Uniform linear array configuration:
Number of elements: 12
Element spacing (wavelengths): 0.75
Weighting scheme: kaiser
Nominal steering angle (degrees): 30
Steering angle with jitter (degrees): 30.079
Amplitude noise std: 0.05
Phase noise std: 0.05

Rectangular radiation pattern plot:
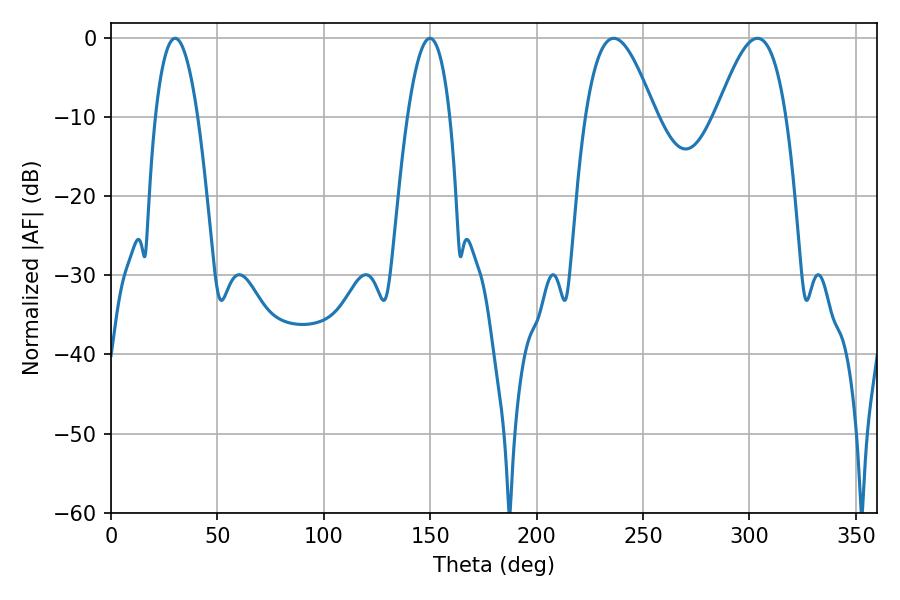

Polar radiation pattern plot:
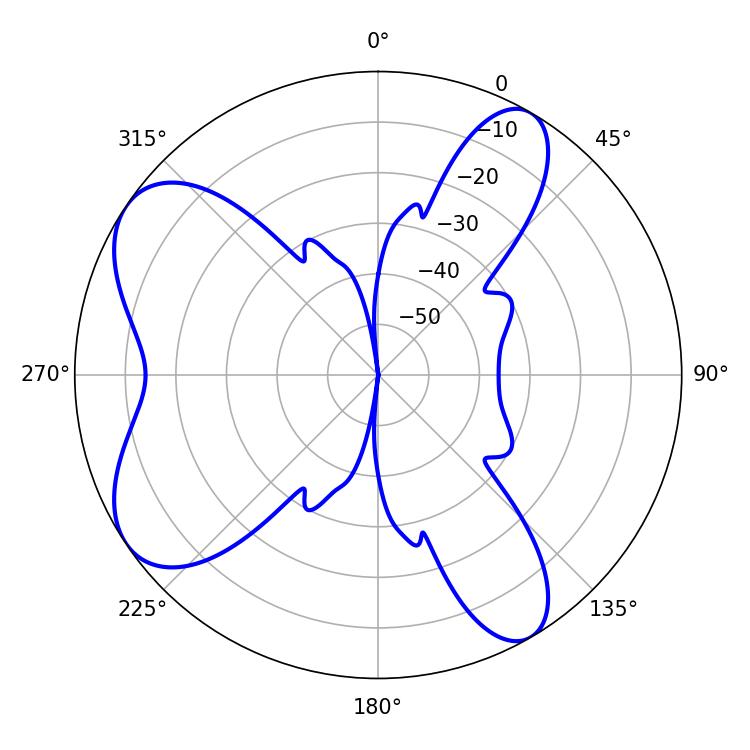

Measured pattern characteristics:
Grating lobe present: TRUE
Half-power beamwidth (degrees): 17.64
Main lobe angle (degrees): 236.16